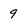
Character: 9